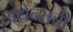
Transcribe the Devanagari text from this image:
अथेन्सची